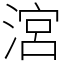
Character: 㴦